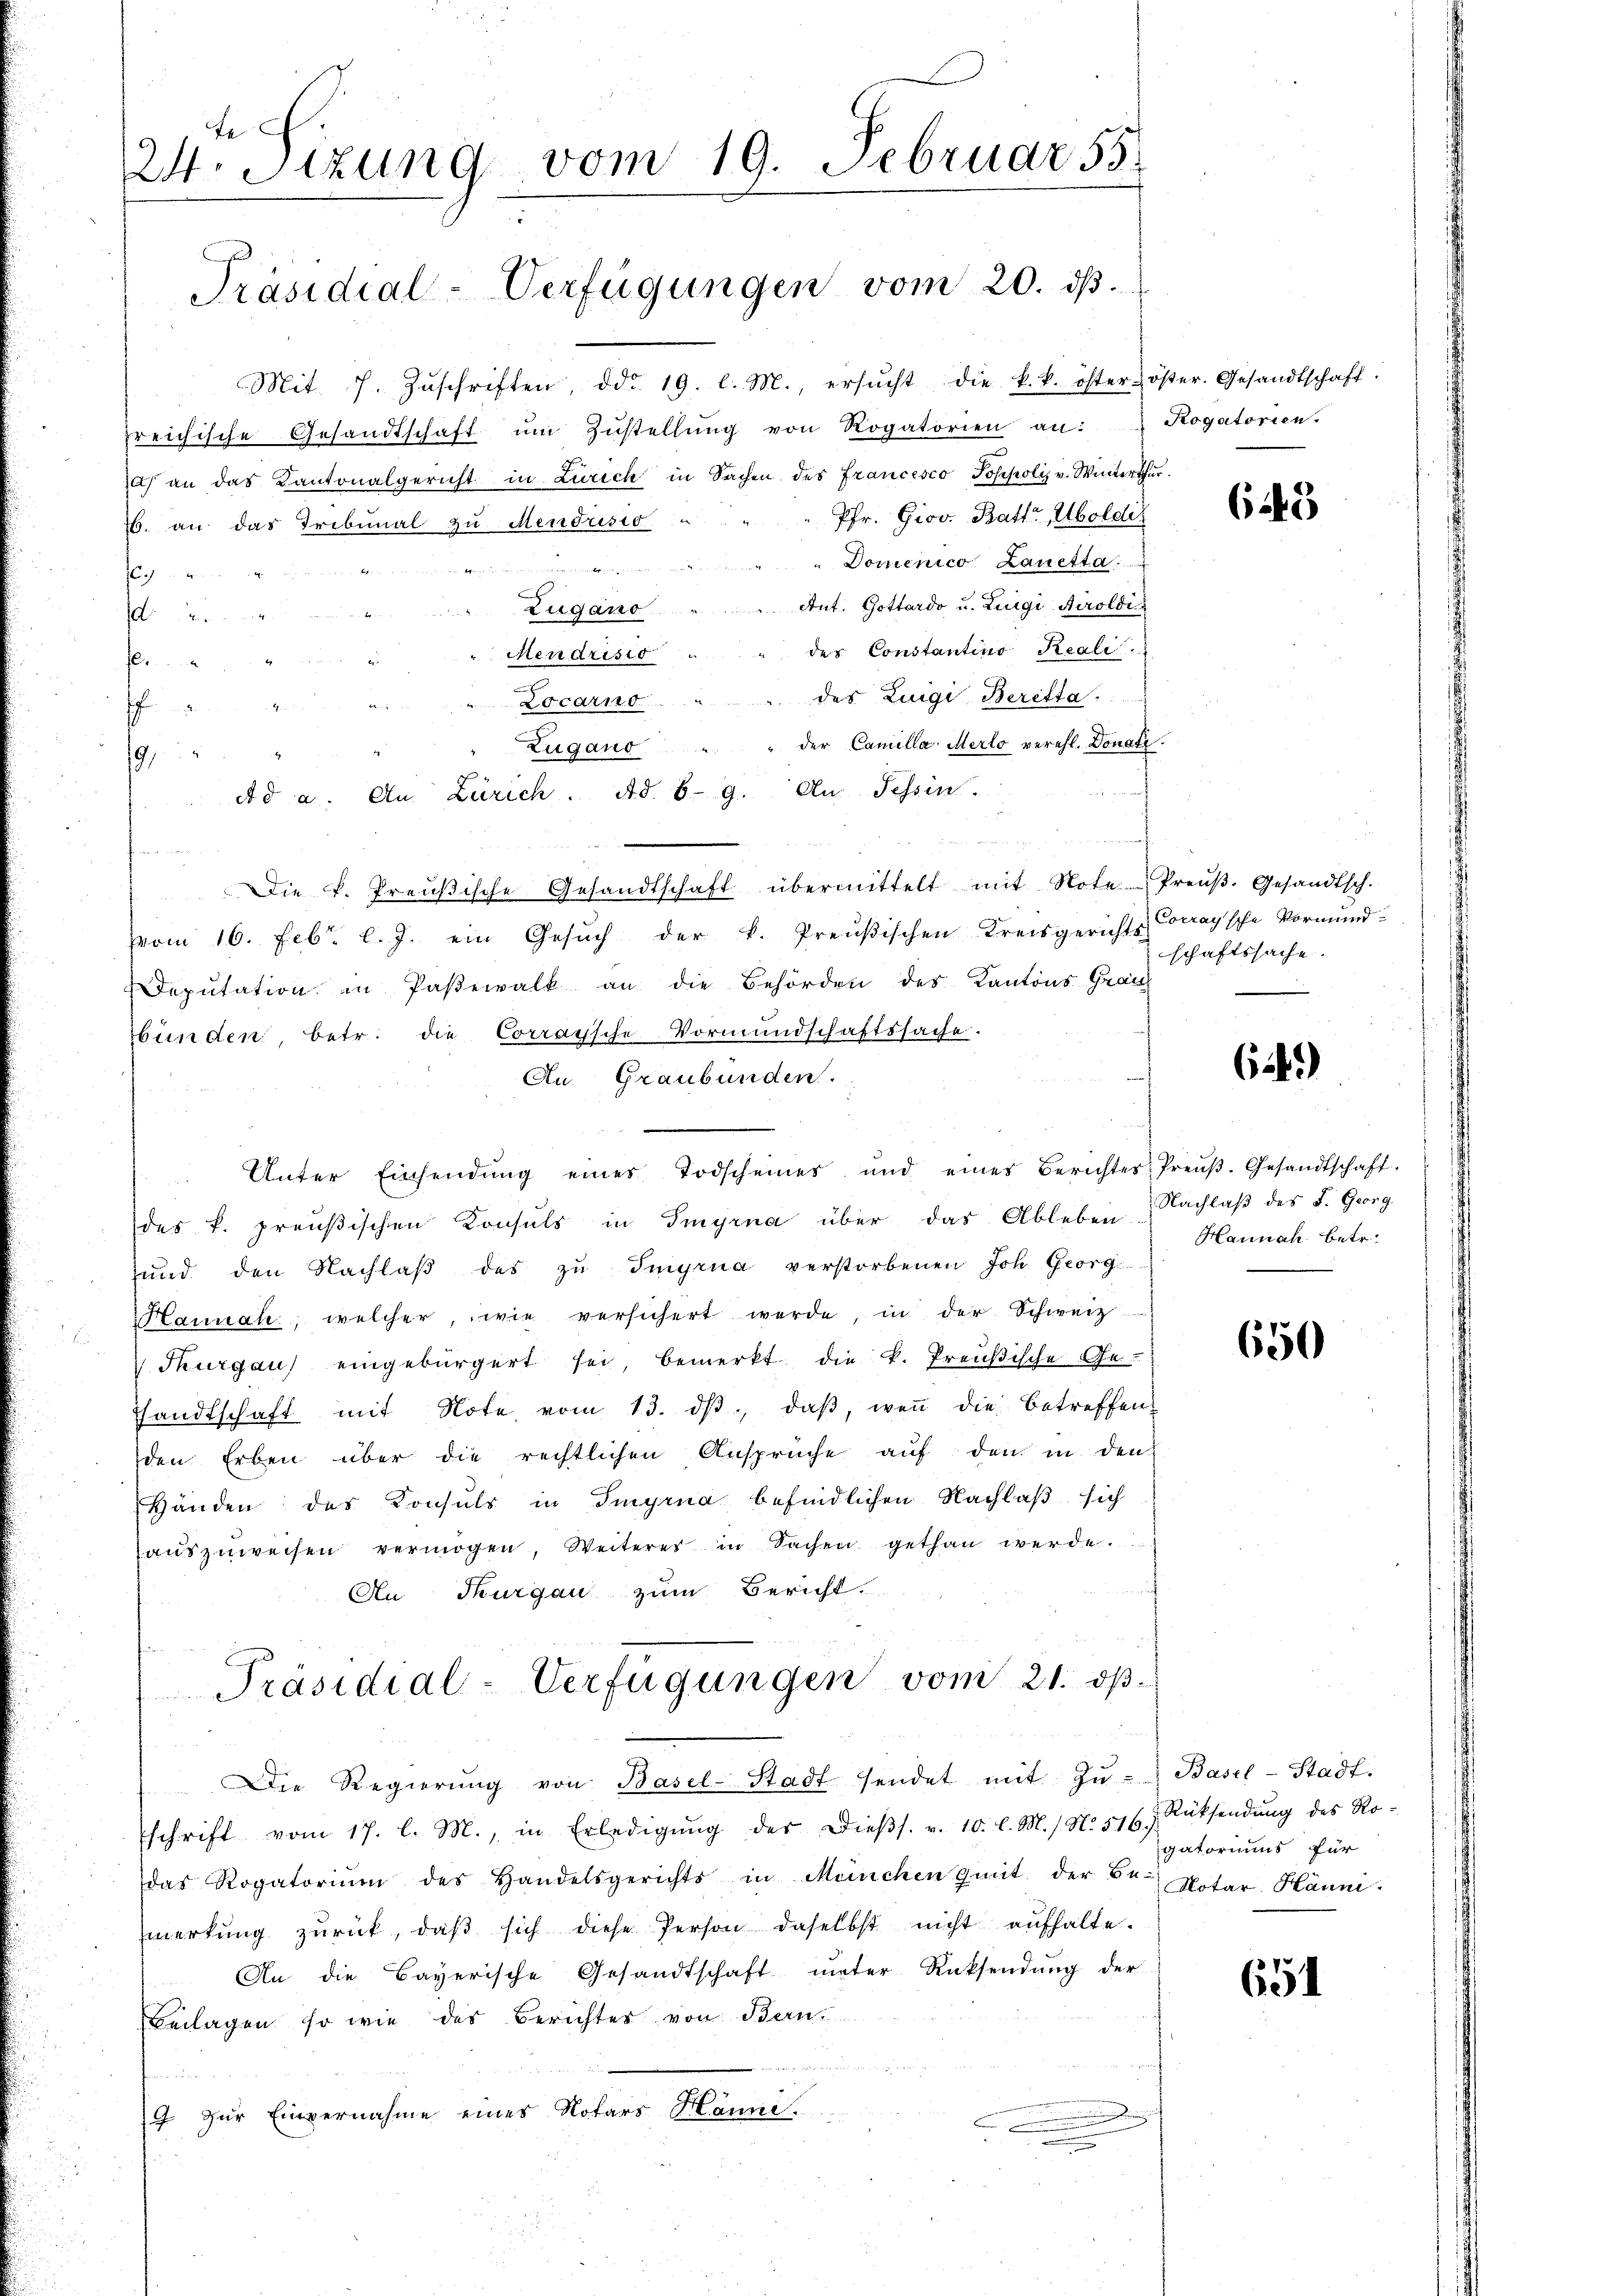
24. Sitzung vom 19. Februar 55

Präsidial-Verfügungen vom 20. ds.

Mit 7. Zŭschriften, ddo. 19. l. M., ersŭcht die k. k. öster öster. Gesandtschaft:
freichische Gesandtschaft ŭm Zŭstellŭng von Rogatorien an: Rogatorien.
) an das Kantonalgericht in Zürich in Sachen des Francesco Josepoliz v. Winterthur.
Pfr. Giov. Batte Aboldi
26. an das Tribunal zu Mendrisio
Domenico Lauetta
.in der Meinung in er genannten eine kein
e
Ant. Gottardo u. Luigi Airoldi
Zugano
2
des Constantino Reali.
Mendrisio
f
" des Luigi Beritta
Locarno

" der Camilla Merto verehl. Donati.
Zugano
9
ed a. An Zürich. Ad. 6. 9. An Tessin.
ur
Die k. Preŭβische Gesandtschaft übermittelt mit Note Preŭβ. Gesandtsch.
vom 16. Febr. l. J. ein Gesŭch der k. Preŭβischen Kreisgerichts-Conaysche Vormŭnd-
Deputation in Pasewalk an die Behörden des Kantons Grau
bünden, betr. die Corraysche Vormundschaftssache.
des k. preußischen Konsuls in Sigina über das Ableben Nachlaβ des F. Georg
und den Nachlaß des zu Ingrua verstorbenen Joh. Georg
Hannah, welcher, wie versichert werde, in der Schweiz
Thurgau eingebürgert sei, bemerkt die k. Preußische Ge-
handtschaft mit Note vom 13. dβ, daβ weṅ die betreffen
den Erben über die rechtlichen Ansprüche auf den in den
Händen des Konsuls in Singina befindlichen Nachlaß sich
aŭszŭweisen vermögen, Weiteres in Sachen gethan werde.
An Thurgau zum Bericht.
Präsidial-Verfügungen vom 21. dβ.
Die Regierŭng von Basel-Stadt sendet mit Zŭ- Basel-Stadt.
schrift vom 17. l. M., in Erledigŭng der dieβs. v. 10. l. M. / No. 516.) Rücksendŭng des Ro-
das Rogatoriŭm des Handelsgerichts in München mit der Be- Notar. Hänni
merkŭng zŭrück, daβ sich diese Person daselbst nicht aŭfhalte.
An die Bayerische Gesandtschaft unter Rücksendung der
Beilagen, so wie des Berichter von Bern
ates seits bei es gewesen
7 zur Einvernahme eines Notars Hänni.

An Graubünden.
Unter Einsendŭng eines Todscheines und eines Berichtes: Preŭβ. Gesandtschaft-

6243

schaftssache.

64)

Hannah betr.

650

gatoriums für

651